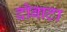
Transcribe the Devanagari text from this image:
दोबाटा